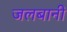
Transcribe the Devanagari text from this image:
जलबानी